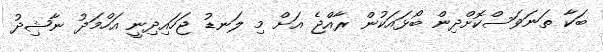
ބަކާ ތަނަވަސްކޮށްދިން ބޯޅައަކުން ރާއްޖެ އަށް މި ލަނޑު ޖަހައިދިނީ އަހްމަދު ނާޝިދު